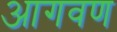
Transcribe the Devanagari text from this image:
आगवण